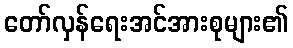
တော်လှန်ရေးအင်အားစုများ၏